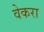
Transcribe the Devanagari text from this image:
वेकरा